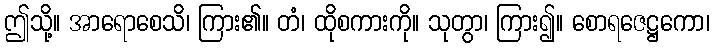
ဤသို့။ အာရောစေသိ၊ ကြား၏။ တံ၊ ထိုစကားကို။ သုတွာ၊ ကြား၍။ စောရဇေဋ္ဌကော၊